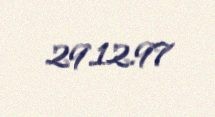
29.12.97